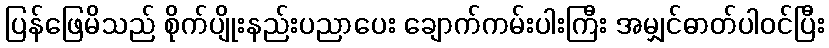
ပြန်ဖြေမိသည် စိုက်ပျိုးနည်းပညာပေး ချောက်ကမ်းပါးကြီး အမျှင်ဓာတ်ပါဝင်ပြီး